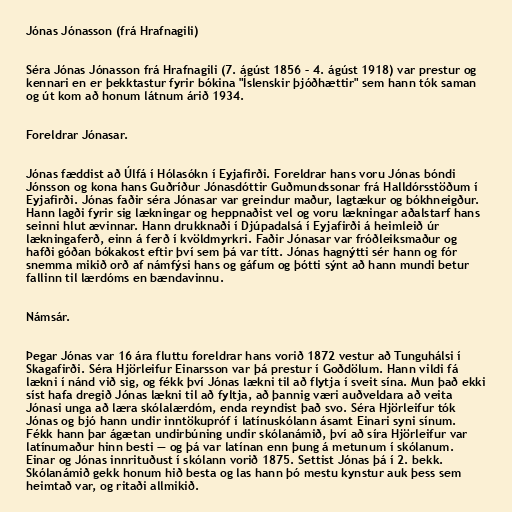
Jónas Jónasson (frá Hrafnagili)

Séra Jónas Jónasson frá Hrafnagili (7. ágúst 1856 – 4. ágúst 1918) var prestur og
kennari en er þekktastur fyrir bókina "Íslenskir þjóðhættir" sem hann tók saman
og út kom að honum látnum árið 1934.

Foreldrar Jónasar.

Jónas fæddist að Úlfá í Hólasókn í Eyjafirði. Foreldrar hans voru Jónas bóndi
Jónsson og kona hans Guðríður Jónasdóttir Guðmundssonar frá Halldórsstöðum í
Eyjafirði. Jónas faðir séra Jónasar var greindur maður, lagtækur og bókhneigður.
Hann lagði fyrir sig lækningar og heppnaðist vel og voru lækningar aðalstarf hans
seinni hlut ævinnar. Hann drukknaði í Djúpadalsá í Eyjafirði á heimleið úr
lækningaferð, einn á ferð í kvöldmyrkri. Faðir Jónasar var fróðleiksmaður og
hafði góðan bókakost eftir því sem þá var títt. Jónas hagnýtti sér hann og fór
snemma mikið orð af námfýsi hans og gáfum og þótti sýnt að hann mundi betur
fallinn til lærdóms en bændavinnu.

Námsár.

Þegar Jónas var 16 ára fluttu foreldrar hans vorið 1872 vestur að Tunguhálsi í
Skagafirði. Séra Hjörleifur Einarsson var þá prestur í Goðdölum. Hann vildi fá
lækni í nánd við sig, og fékk því Jónas lækni til að flytja í sveit sína. Mun það ekki
síst hafa dregið Jónas lækni til að fyltja, að þannig væri auðveldara að veita
Jónasi unga að læra skólalærdóm, enda reyndist það svo. Séra Hjörleifur tók
Jónas og bjó hann undir inntökupróf í latínuskólann ásamt Einari syni sínum.
Fékk hann þar ágætan undirbúning undir skólanámið, því að síra Hjörleifur var
latínumaður hinn besti — og þá var latínan enn þung á metunum í skólanum.
Einar og Jónas innrituðust í skólann vorið 1875. Settist Jónas þá í 2. bekk.
Skólanámið gekk honum hið besta og las hann þó mestu kynstur auk þess sem
heimtað var, og ritaði allmikið.